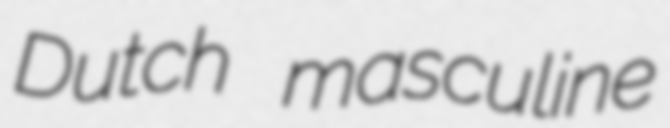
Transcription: Dutch masculine